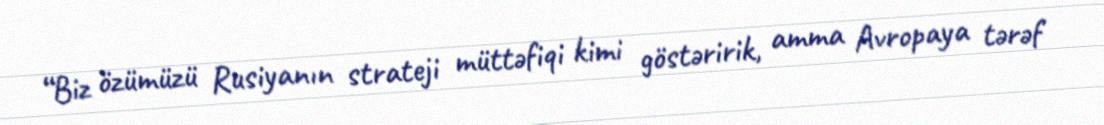
“Biz özümüzü Rusiyanın strateji müttəfiqi kimi göstəririk, amma Avropaya tərəf